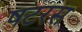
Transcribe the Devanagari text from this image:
षटरस